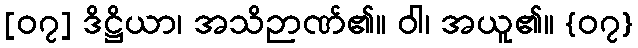
[၀၇] ဒိဋ္ဌိယာ၊ အသိဉာဏ်၏။ ဝါ၊ အယူ၏။ {၀၇}